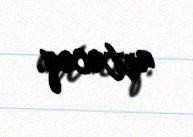
artacaq.